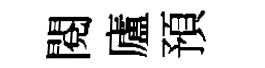
閱廬預